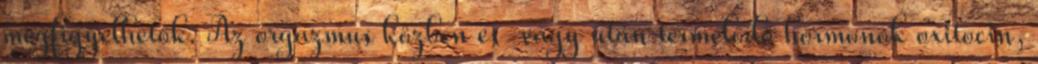
megﬁgyelhetők. Az orgazmus közben és vagy után termelődő hormonok oxitocin,